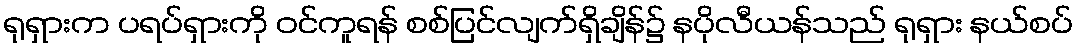
ရုရှားက ပရပ်ရှားကို ဝင်ကူရန် စစ်ပြင်လျက်ရှိချိန်၌ နပိုလီယန်သည် ရုရှား နယ်စပ်